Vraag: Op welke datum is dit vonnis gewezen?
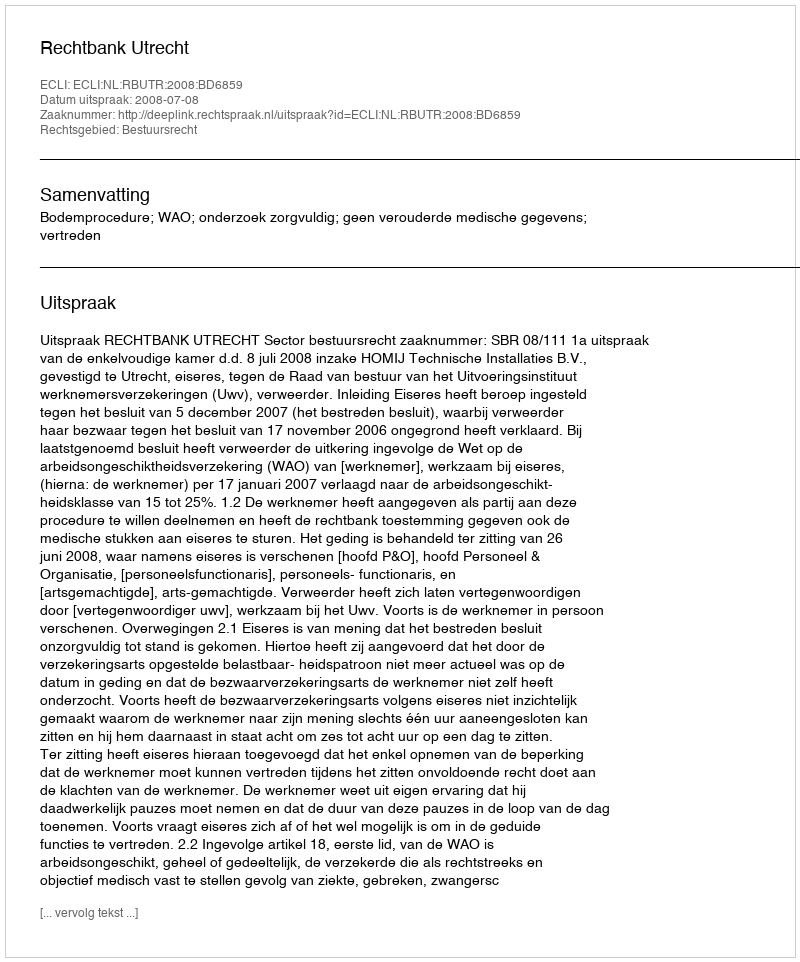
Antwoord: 2008-07-08